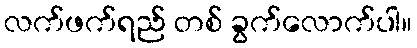
လက်ဖက်ရည် တစ် ခွက်လောက်ပါ။